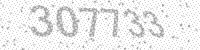
Solution: 307733